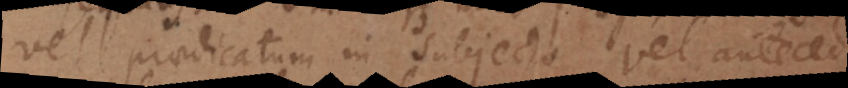
vel praedicatum in subjecto vel [consequens